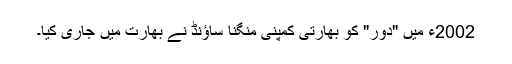
2002ء میں "دور" کو بھارتی کمپنی منگنا ساؤنڈ نے بھارت میں جاری کیا۔